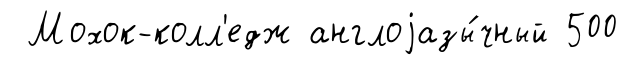
Мохок-колл'едж англоjазы́чный 500